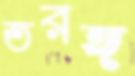
তরঙ্গ